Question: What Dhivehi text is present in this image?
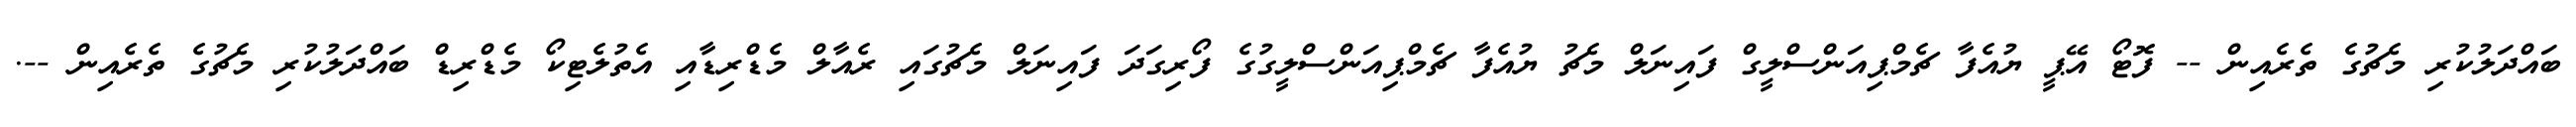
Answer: ބައްދަލުކުރި މެޗުގެ ތެރެއިން -- ފޮޓޯ އޭޕީ ޔުއެފާ ޗެމްޕިއަންސްލީގް ފައިނަލް މެޗު ޔުއެފާ ޗެމްޕިއަންސްލީގުގެ ފޯރިގަދަ ފައިނަލް މެޗުގައި ރެއާލް މެޑްރިޑާއި އެތުލެޓިކޯ މެޑްރިޑް ބައްދަލުކުރި މެޗުގެ ތެރެއިން --.